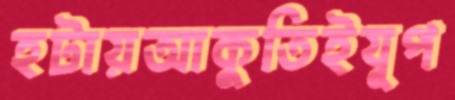
হটায়আকুতিইযূপ